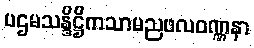
ပဌမသန္ဒိဋ္ဌိကသာမညဖလဝဏ္ဏနာ